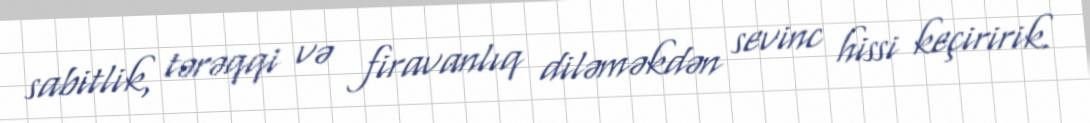
sabitlik, tərəqqi və firavanlıq diləməkdən sevinc hissi keçiririk.